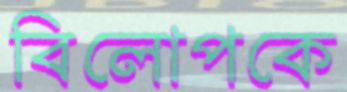
বিলোপকে